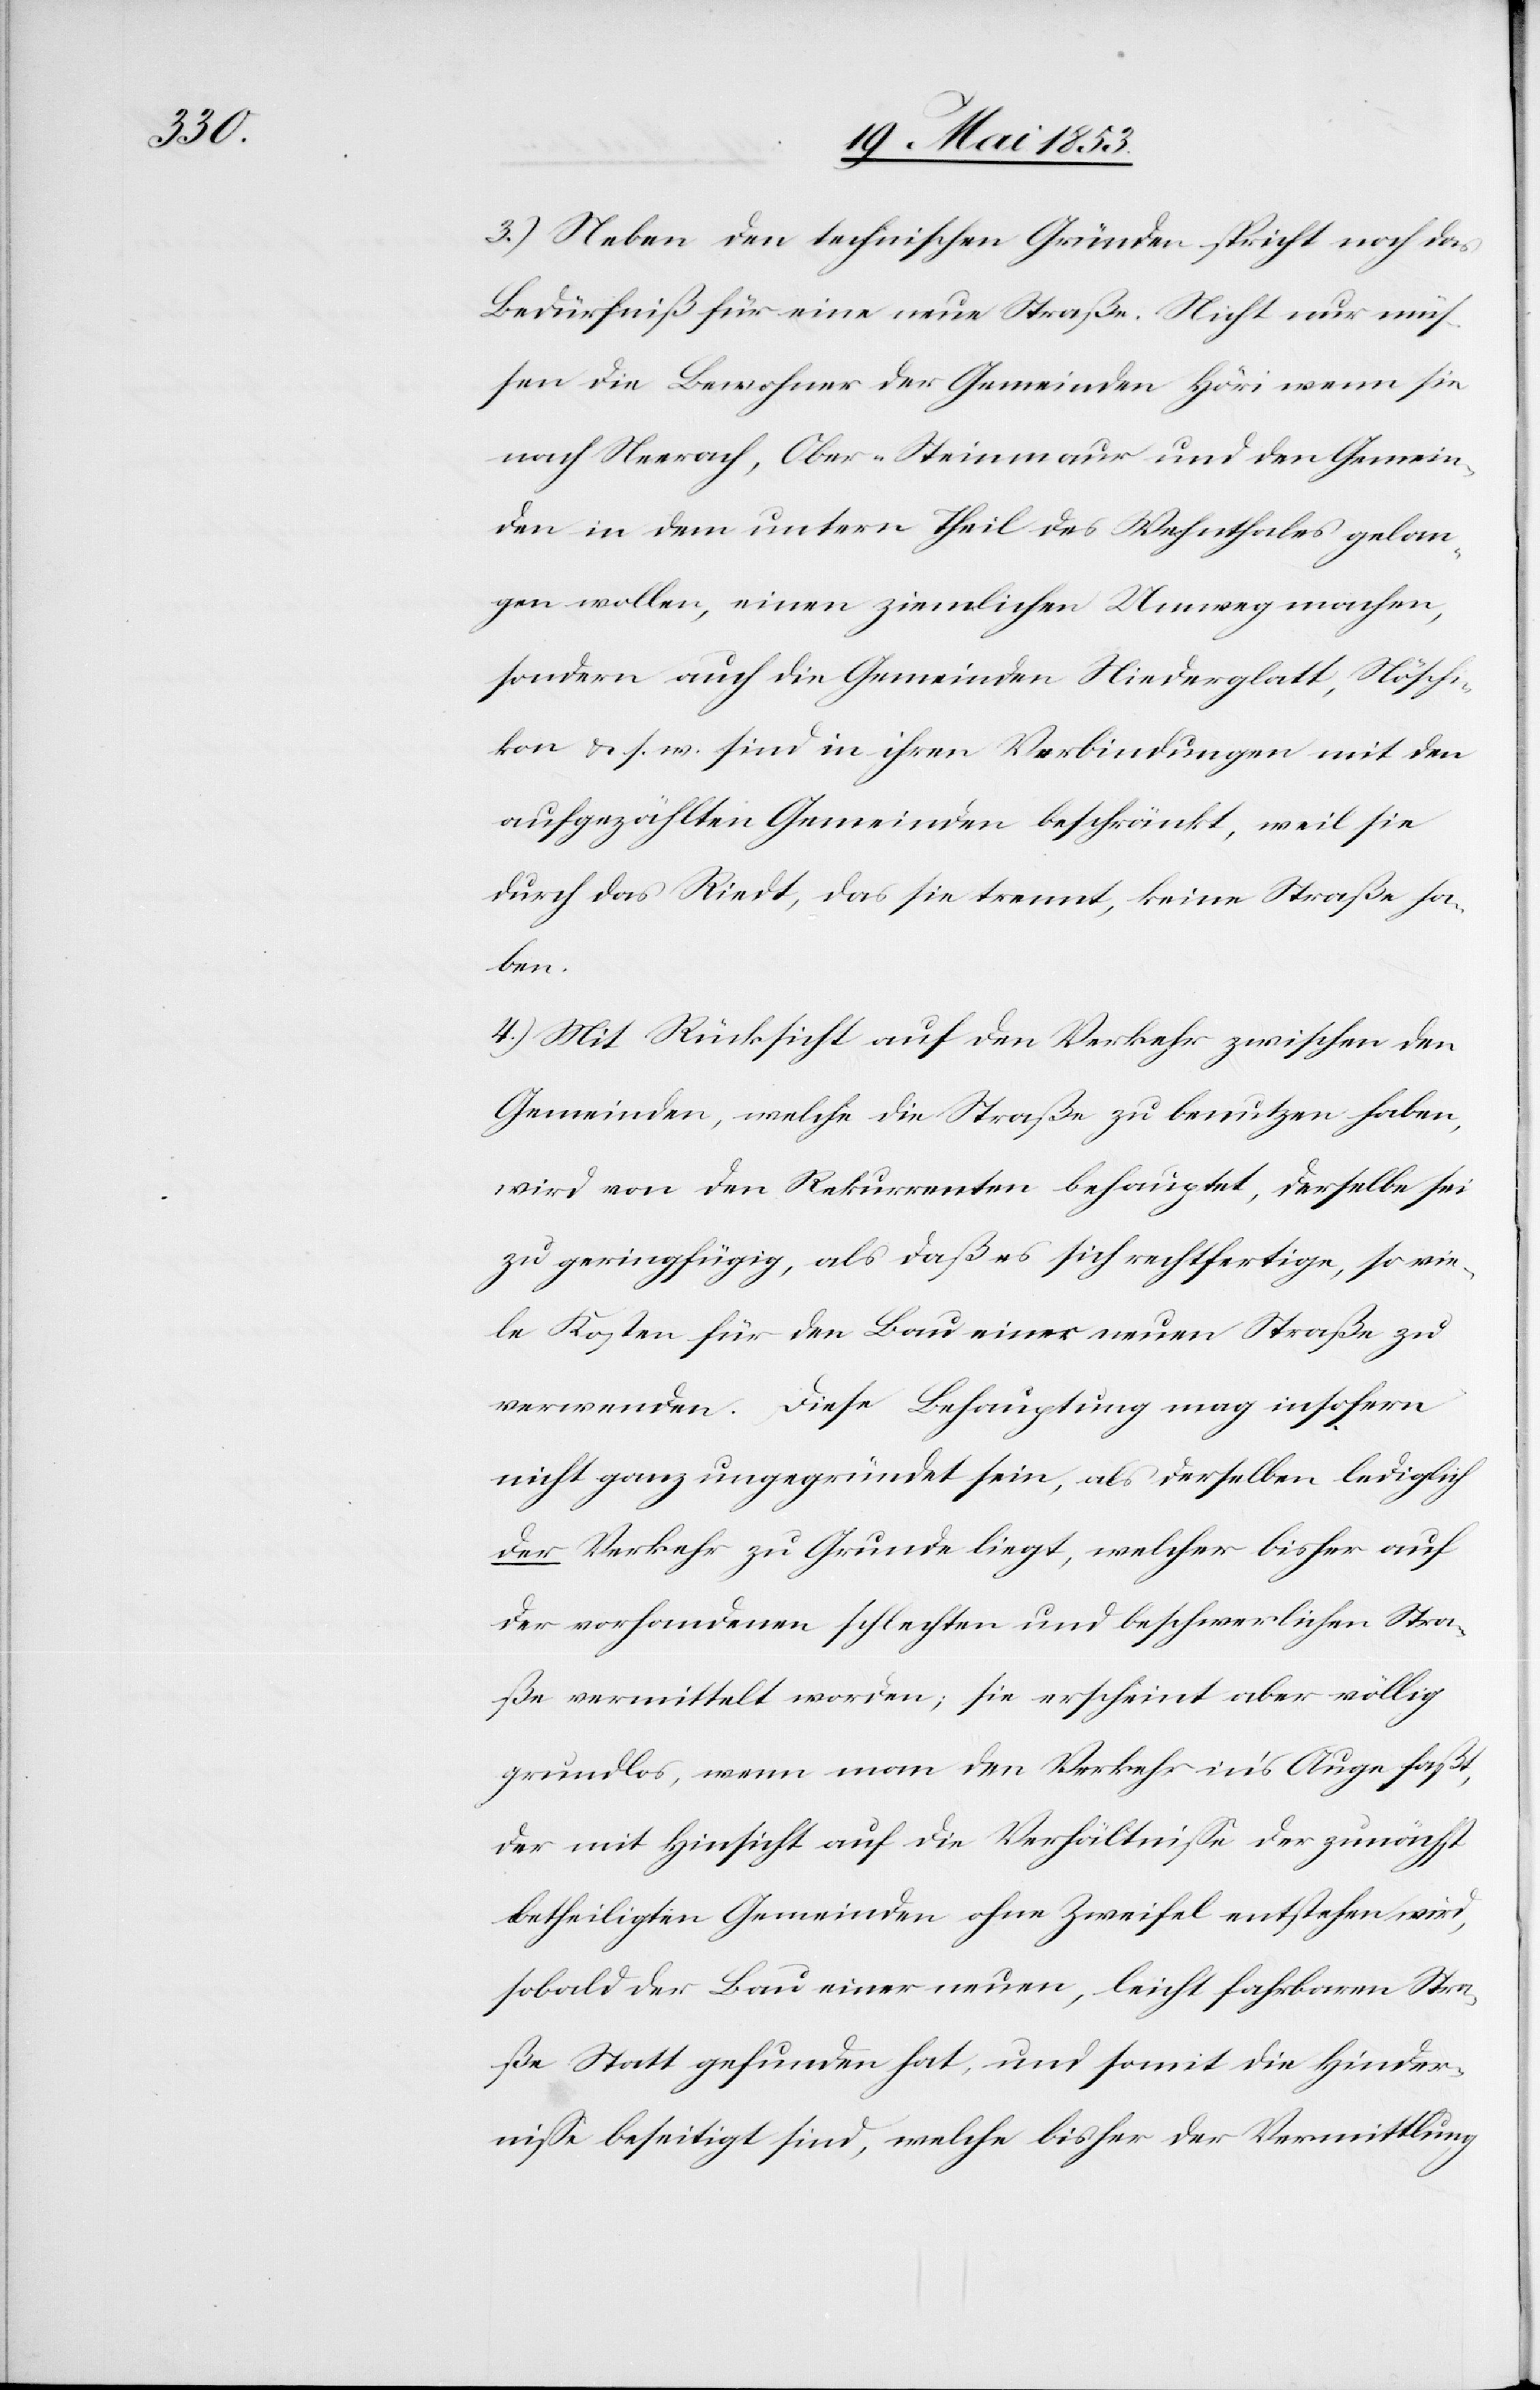
3.) Neben den technischen Gründen spricht noch das
Bedürfniß für eine neue Straße. Nicht nur müs¬
sen die Bewohner der Gemeinden Höri wenn sie
nach Neerach, Ober-Steinmaur und den Gemein¬
den in dem untern Theil des Wehnthales gelan¬
gen wollen, einen ziemlichen Umweg machen,
sondern auch die Gemeinden Niederglatt, Höschi¬
kon u. s. w. sind in ihren Verbindungen mit den
aufgezählten Gemeinden beschränkt, weil sie
durch das Riedt, das sie trennt, keine Straße ha¬
ben.
4.) Mit Rücksicht auf den Verkehr zwischen den
Gemeinden, welche die Straße zu benutzen haben,
wird von den Rekurrenten behauptet, derselbe sei
zu geringfügig, als daß es sich rechtfertige, so vie¬
le Kosten für den Bau einer neuen Straße zu
verwenden. Diese Behauptung mag insofern
nicht ganz unbegründet sein, als derselben lediglich
der Verkehr zu Grunde liegt, welcher bisher auf
der vorhandenen schlechten und beschwerlichen Stra¬
ße vermittelt worden; sie erscheint aber völlig
grundlos, wenn man den Verkehr in’s Auge faßt,
der mit Hinsicht auf die Verhältniße der zunächst
betheiligten Gemeinden ohne Zweifel entstehen wird,
sobald der Bau einer neuen, leicht fahrbahren Stra¬
ße Statt gefunden hat, und somit die Hinder¬
niße beseitigt sind, welche bisher der Vermittlung